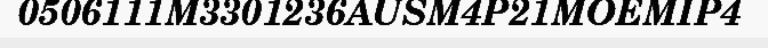
0506111M3301236AUSM4P21MOEMIP4